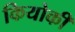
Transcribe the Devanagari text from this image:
कियोकी